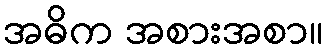
အဓိက အစားအစာ။